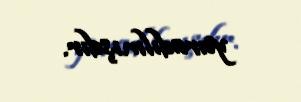
yaradılmışdır.